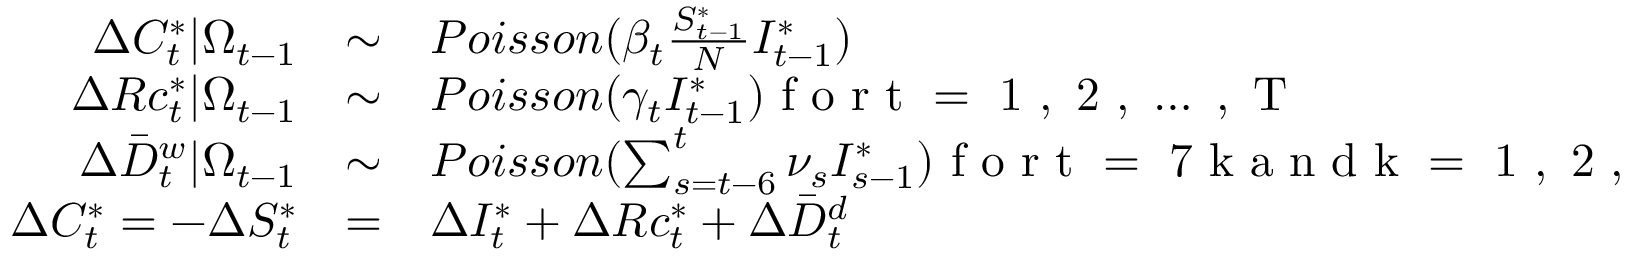
\begin{array} { r c l } { \Delta C _ { t } ^ { * } | \Omega _ { t - 1 } } & { \sim } & { P o i s s o n ( \beta _ { t } \frac { S _ { t - 1 } ^ { * } } { N } I _ { t - 1 } ^ { * } ) } \\ { \Delta R c _ { t } ^ { * } | \Omega _ { t - 1 } } & { \sim } & { P o i s s o n ( \gamma _ { t } I _ { t - 1 } ^ { * } ) \mathrm { ~ f ~ o ~ r ~ t ~ = ~ 1 ~ , ~ 2 ~ , ~ \dots ~ , ~ T ~ } } \\ { \Delta \bar { D } _ { t } ^ { w } | \Omega _ { t - 1 } } & { \sim } & { P o i s s o n ( \sum _ { s = t - 6 } ^ { t } \nu _ { s } I _ { s - 1 } ^ { * } ) \mathrm { ~ f ~ o ~ r ~ t ~ = ~ 7 ~ k ~ a ~ n ~ d ~ k ~ = ~ 1 ~ , ~ 2 ~ , ~ \dots ~ } } \\ { \Delta C _ { t } ^ { * } = - \Delta S _ { t } ^ { * } } & { = } & { \Delta I _ { t } ^ { * } + \Delta R c _ { t } ^ { * } + \Delta \bar { D } _ { t } ^ { d } } \end{array}